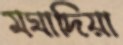
মঘাদিয়া